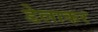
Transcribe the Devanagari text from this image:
डेलाकर